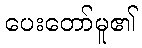
ပေးတော်မူ၏